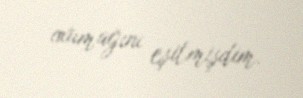
oxumağını eşitmişdim.